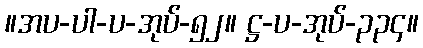
။အပ-ပါ-ပ-အုပ်-၅၂။ ဋ္ဌ-ပ-အုပ်-၃၃၄။